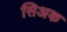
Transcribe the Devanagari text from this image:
सिअक